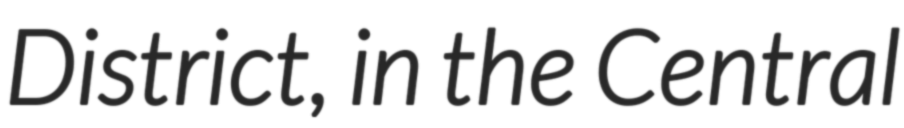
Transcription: District, in the Central